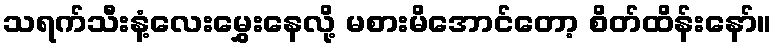
သရက်သီးနံ့လေးမွှေးနေလို့ မစားမိအောင်တော့ စိတ်ထိန်းနော်။